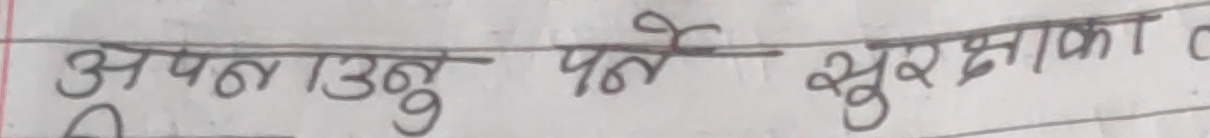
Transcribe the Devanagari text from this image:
अपन १३ नु पते सुरक्षा का